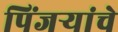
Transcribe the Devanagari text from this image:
पिंजऱ्यांचे